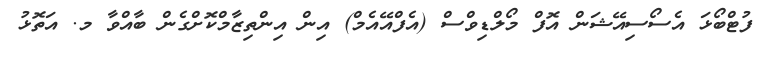
ފުޓްބޯޅަ އެސޯސިއޭޝަން އޮފް މޯލްޑިވްސް (އެފްއޭއެމް) އިން އިންތިޒާމްކޮށްގެން ބާއްވާ މ. އަތޮޅު